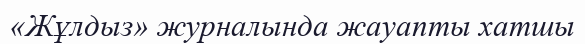
«Жұлдыз» журналында жауапты хатшы